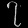
Digit: ၇